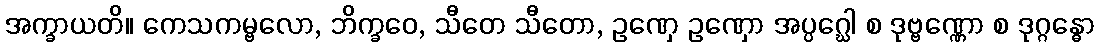
အက္ခာယတိ။ ကေသကမ္ဗလော, ဘိက္ခဝေ, သီတေ သီတော, ဥဏှေ ဥဏှော အပ္ပဂ္ဃေါ စ ဒုဗ္ဗဏ္ဏော စ ဒုဂ္ဂန္ဓော